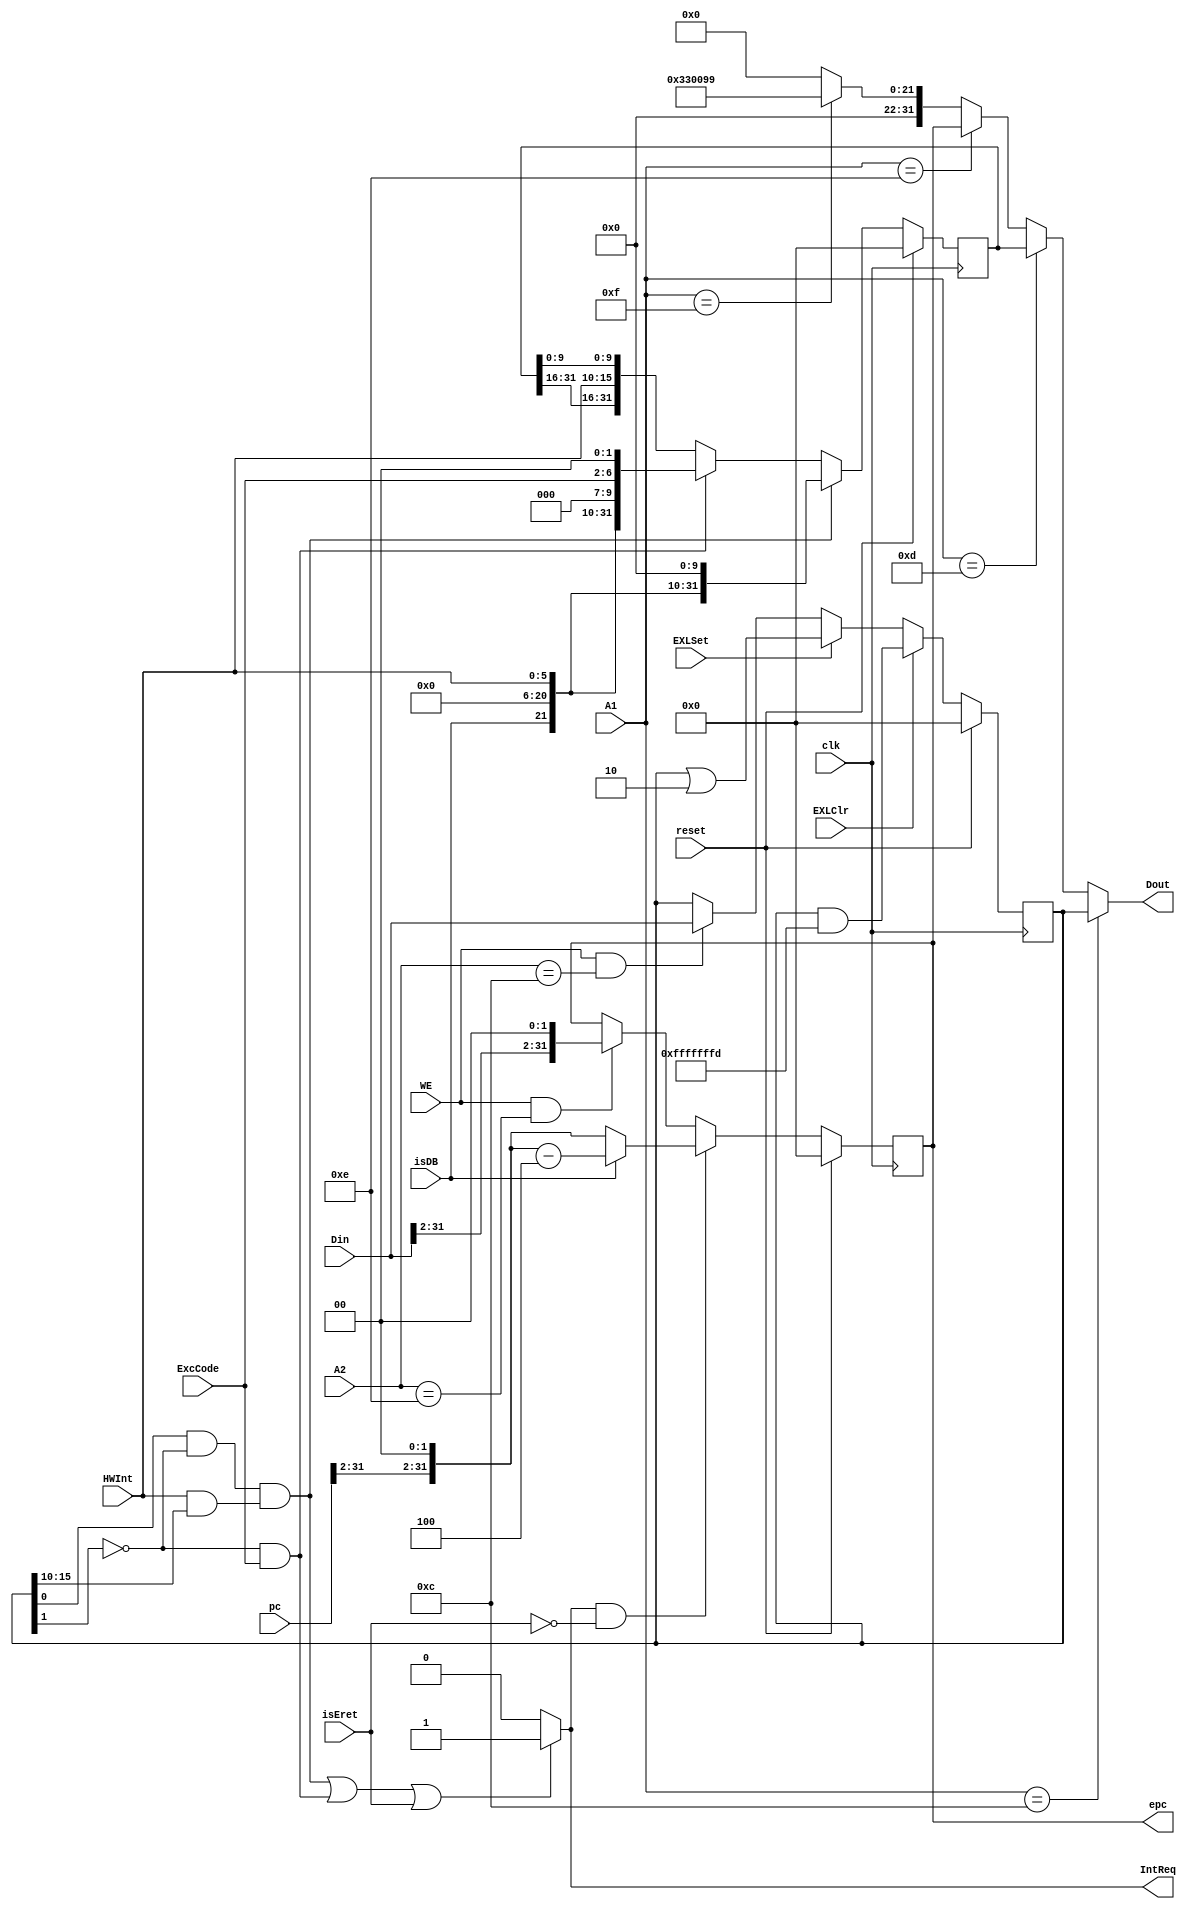
`define IE SR[0]
`define EXL SR[1]
`define IM SR[15:10]
`define EXCCODE Cause[6:2]
`define IP Cause[15:10]

module cp0(
    input clk,
    input reset,
    input WE,
    input EXLSet,
    input EXLClr,
    input isDB,
    input isEret,
    input [4:0] A1,
    input [4:0] A2,
    input [31:0] Din,
    input [31:0] pc,
    input [6:2] ExcCode,
    input [7:2] HWInt,
    output IntReq,
    output [31:0] epc,
    output [31:0] Dout
);

    reg [31:0] SR = 0, Cause = 0, EPC = 0, PRId = 32'h00330099;

    assign IntReq = ( (`IE && !`EXL && HWInt&`IM) || (!`EXL && ExcCode) || isEret ) ? 1'b1 : 1'b0;
    assign epc = EPC;
    assign Dout =   (A1 == 5'd12)   ?   SR      :
                    (A1 == 5'd13)   ?   Cause   :
                    (A1 == 5'd14)   ?   EPC     :
                    (A1 == 5'd15)   ?   PRId    :
                                        32'd0;
    
    always @(posedge clk) begin
        if(reset)
            SR <= 32'd0;
        else if(EXLClr)
            SR <= SR & 32'hffff_fffd;
        else if(EXLSet)
            SR <= SR | 32'h0000_0002;
        else if(WE == 1'b1 && A2 == 5'd12)
            SR <= Din;
        else
            ;
    end

    always @(posedge clk) begin
        if (reset)
            Cause <= 32'd0;
        else if(`IE && !`EXL &&  HWInt&`IM)
            Cause <= {isDB, 15'd0, HWInt, 3'd0, 5'd0, 2'd0};
        else if(!`EXL && ExcCode)
            Cause <= {isDB, 15'd0, HWInt, 3'd0, ExcCode, 2'd0};
        else
            Cause <= {Cause[31:16], HWInt, Cause[9:0]};
    end

    always @(posedge clk) begin
        if(reset)
            EPC <= 32'd0;
        else if(IntReq == 1'b1 && !isEret)
            if(isDB)
                EPC <= {pc[31:2], 2'b00} - 32'd4;
            else
                EPC <= {pc[31:2], 2'b00};
        else if(WE == 1'b1 && A2 == 5'd14)
            EPC <= {Din[31:2], 2'b00};
        else
            ;
    end


endmodule // cp0